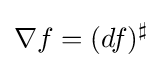
\nabla f=(df)^{\sharp }